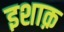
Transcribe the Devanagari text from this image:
इशाक़